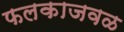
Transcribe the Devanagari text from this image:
फलकाजवळ